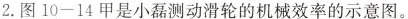
2.图10-14甲是小磊测动滑轮的机械效率的示意图。